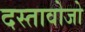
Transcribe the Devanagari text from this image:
दस्तावोजो